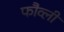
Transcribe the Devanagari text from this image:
फौव्ली